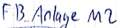
Text: FB_Anlage M2